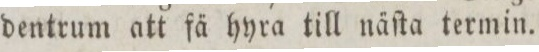
dentrum att fä hyra till näſta termin.